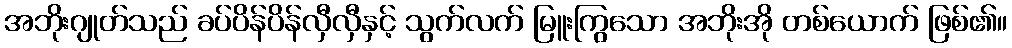
အဘိုးဂျုတ်သည် ခပ်ပိန်ပိန်လှီလှီနှင့် သွက်လက် မြူးကြွသော အဘိုးအို တစ်ယောက် ဖြစ်၏။